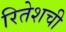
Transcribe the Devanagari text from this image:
रितेशची